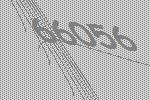
66056